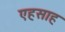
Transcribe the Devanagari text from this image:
एहसाह